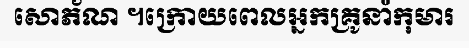
សោភ័ណ ។ក្រោយពេលអ្នកគ្រូនាំកុមារ